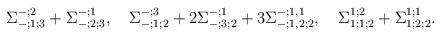
LaTeX: \begin{align*}\Sigma_{-;1;3}^{-;2}+\Sigma_{-;2;3}^{-;1}, \quad\Sigma_{-;1;2}^{-;3}+2\Sigma_{-;3;2}^{-;1}+3\Sigma_{-;1,2;2}^{-;1,1}, \quad\Sigma_{1;1;2}^{1;2}+\Sigma_{1;2;2}^{1;1} .\end{align*}